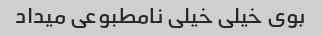
بوی خیلی خیلی نامطبوعی میداد